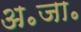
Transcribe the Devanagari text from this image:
अ॰जा॰